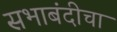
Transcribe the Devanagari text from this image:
सभाबंदीचा